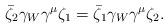
LaTeX: \begin{align*}\bar{\zeta}_2 \gamma_W \gamma^\mu \zeta_1 = \bar{\zeta}_1 \gamma_W \gamma^\mu\zeta_2.\end{align*}